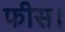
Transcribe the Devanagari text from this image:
फीस।